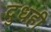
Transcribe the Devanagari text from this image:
दुधही